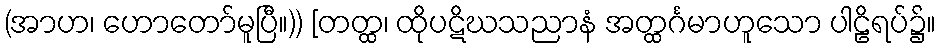
(အာဟ၊ ဟောတော်မူပြီ။)) [တတ္ထ၊ ထိုပဋိဃသညာနံ အတ္ထင်္ဂမာဟူသော ပါဠိရပ်၌။